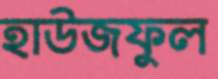
হাউজফুল